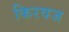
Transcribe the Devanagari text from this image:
किरवज